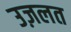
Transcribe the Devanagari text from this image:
उज़लत